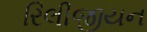
રિલીજીયન